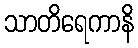
သာတိရေကာနိ